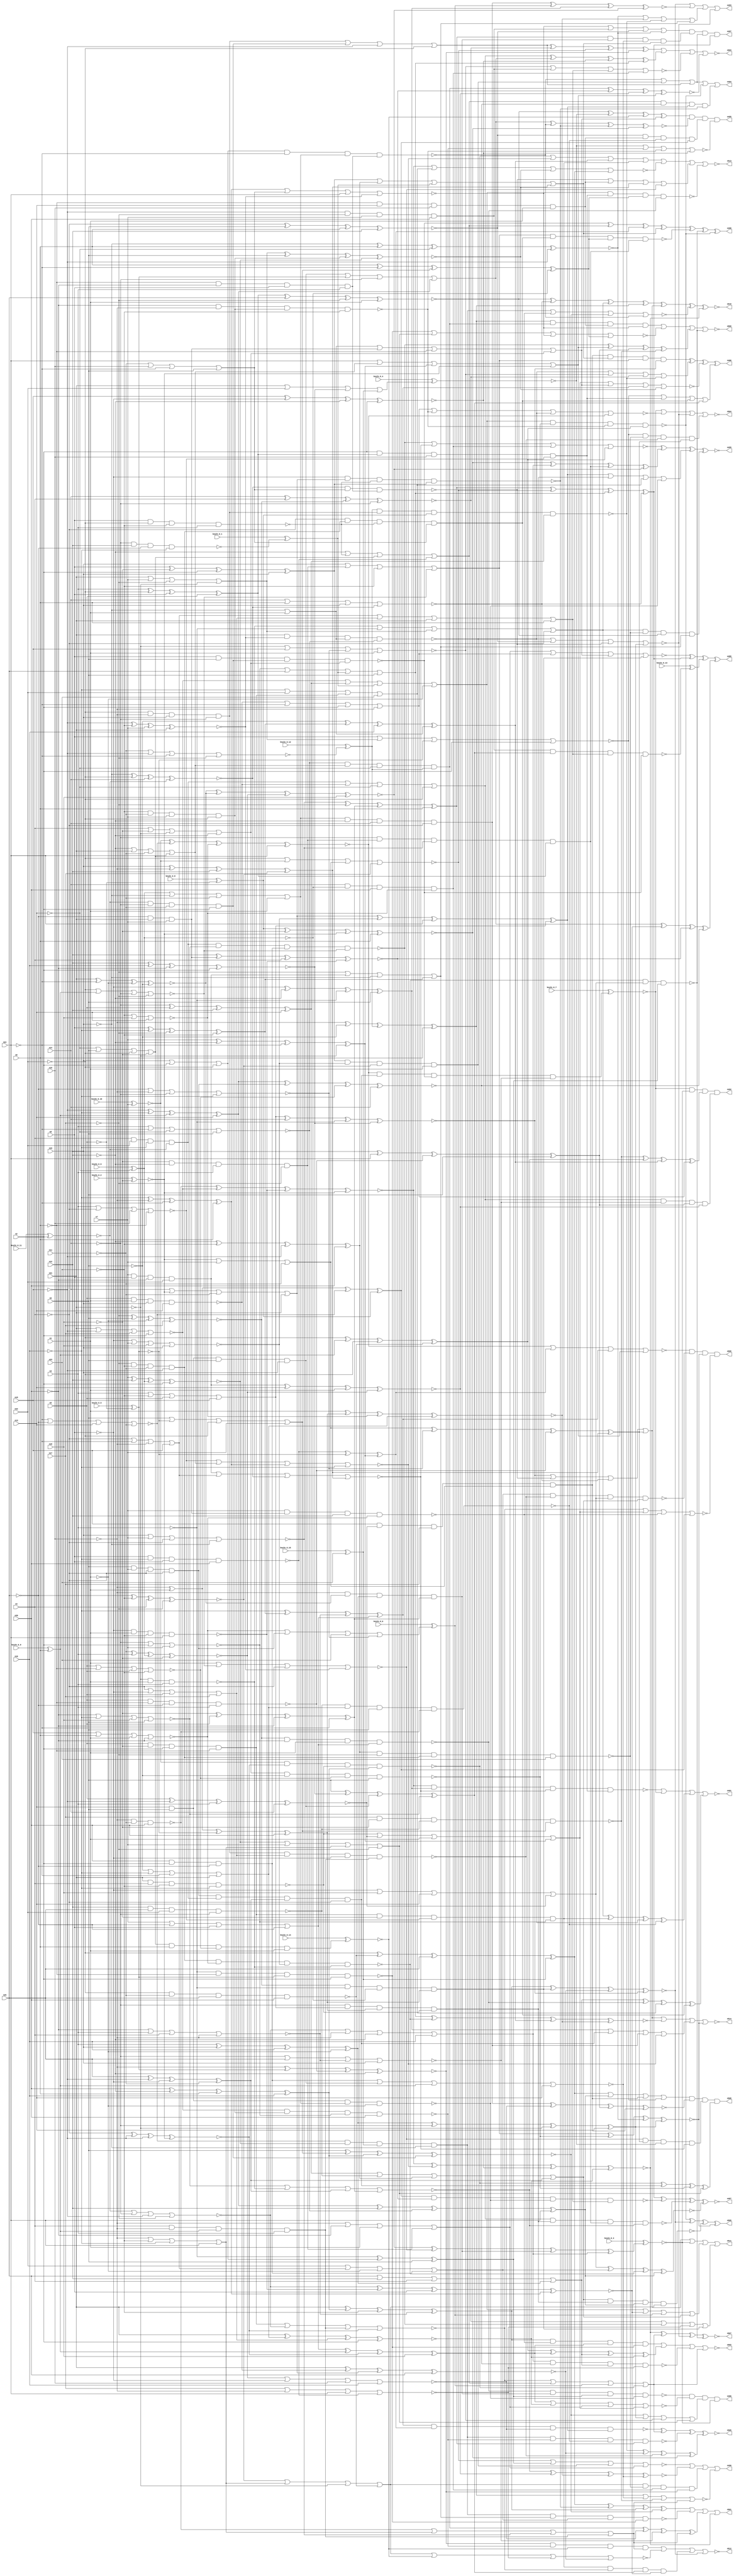


module Stat_489_535
(
  n1,
  n2,
  n3,
  n4,
  n5,
  n6,
  n7,
  n8,
  n9,
  n10,
  n11,
  n12,
  n13,
  n14,
  n15,
  n16,
  n17,
  n18,
  n19,
  n20,
  n21,
  n22,
  n23,
  n24,
  n25,
  n508,
  n492,
  n495,
  n490,
  n489,
  n496,
  n510,
  n507,
  n503,
  n491,
  n504,
  n514,
  n497,
  n505,
  n513,
  n494,
  n506,
  n500,
  n502,
  n512,
  n487,
  n509,
  n499,
  n498,
  n488,
  n501,
  n493,
  n511,
  keyIn_0_0,
  keyIn_0_1,
  keyIn_0_2,
  keyIn_0_3,
  keyIn_0_4,
  keyIn_0_5,
  keyIn_0_6,
  keyIn_0_7,
  keyIn_0_8,
  keyIn_0_9,
  keyIn_0_10,
  keyIn_0_11,
  keyIn_0_12,
  keyIn_0_13,
  keyIn_0_14,
  keyIn_0_15
);

  input n1;
  input n2;
  input n3;
  input n4;
  input n5;
  input n6;
  input n7;
  input n8;
  input n9;
  input n10;
  input n11;
  input n12;
  input n13;
  input n14;
  input n15;
  input n16;
  input n17;
  input n18;
  input n19;
  input n20;
  input n21;
  input n22;
  input n23;
  input n24;
  input n25;
  input keyIn_0_0;
  input keyIn_0_1;
  input keyIn_0_2;
  input keyIn_0_3;
  input keyIn_0_4;
  input keyIn_0_5;
  input keyIn_0_6;
  input keyIn_0_7;
  input keyIn_0_8;
  input keyIn_0_9;
  input keyIn_0_10;
  input keyIn_0_11;
  input keyIn_0_12;
  input keyIn_0_13;
  input keyIn_0_14;
  input keyIn_0_15;
  output n508;
  output n492;
  output n495;
  output n490;
  output n489;
  output n496;
  output n510;
  output n507;
  output n503;
  output n491;
  output n504;
  output n514;
  output n497;
  output n505;
  output n513;
  output n494;
  output n506;
  output n500;
  output n502;
  output n512;
  output n487;
  output n509;
  output n499;
  output n498;
  output n488;
  output n501;
  output n493;
  output n511;
  wire n26;
  wire n27;
  wire n28;
  wire n29;
  wire n30;
  wire n31;
  wire n32;
  wire n33;
  wire n34;
  wire n35;
  wire n36;
  wire n37;
  wire n38;
  wire n39;
  wire n40;
  wire n41;
  wire n42;
  wire n43;
  wire n44;
  wire n45;
  wire n46;
  wire n47;
  wire n48;
  wire n49;
  wire n50;
  wire n51;
  wire n52;
  wire n53;
  wire n54;
  wire n55;
  wire n56;
  wire n57;
  wire n58;
  wire n59;
  wire n60;
  wire n61;
  wire n62;
  wire n63;
  wire n64;
  wire n65;
  wire n66;
  wire n67;
  wire n68;
  wire n69;
  wire n70;
  wire n71;
  wire n72;
  wire n73;
  wire n74;
  wire n75;
  wire n76;
  wire n77;
  wire n78;
  wire n79;
  wire n80;
  wire n81;
  wire n82;
  wire n83;
  wire n84;
  wire n85;
  wire n86;
  wire n87;
  wire n88;
  wire n89;
  wire n90;
  wire n91;
  wire n92;
  wire n93;
  wire n94;
  wire n95;
  wire n96;
  wire n97;
  wire n98;
  wire n99;
  wire n100;
  wire n101;
  wire n102;
  wire n103;
  wire n104;
  wire n105;
  wire n106;
  wire n107;
  wire n108;
  wire n109;
  wire n110;
  wire n111;
  wire n112;
  wire n113;
  wire n114;
  wire n115;
  wire n116;
  wire n117;
  wire n118;
  wire n119;
  wire n120;
  wire n121;
  wire n122;
  wire n123;
  wire n124;
  wire n125;
  wire n126;
  wire n127;
  wire n128;
  wire n129;
  wire n130;
  wire n131;
  wire n132;
  wire n133;
  wire n134;
  wire n135;
  wire n136;
  wire n137;
  wire n138;
  wire n139;
  wire n140;
  wire n141;
  wire n142;
  wire n143;
  wire n144;
  wire n145;
  wire n146;
  wire n147;
  wire n148;
  wire n149;
  wire n150;
  wire n151;
  wire n152;
  wire n153;
  wire n154;
  wire n155;
  wire n156;
  wire n157;
  wire n158;
  wire n159;
  wire n160;
  wire n161;
  wire n162;
  wire n163;
  wire n164;
  wire n165;
  wire n166;
  wire n167;
  wire n168;
  wire n169;
  wire n170;
  wire n171;
  wire n172;
  wire n173;
  wire n174;
  wire n175;
  wire n176;
  wire n177;
  wire n178;
  wire n179;
  wire n180;
  wire n181;
  wire n182;
  wire n183;
  wire n184;
  wire n185;
  wire n186;
  wire n187;
  wire n188;
  wire n189;
  wire n190;
  wire n191;
  wire n192;
  wire n193;
  wire n194;
  wire n195;
  wire n196;
  wire n197;
  wire n198;
  wire n199;
  wire n200;
  wire n201;
  wire n202;
  wire n203;
  wire n204;
  wire n205;
  wire n206;
  wire n207;
  wire n208;
  wire n209;
  wire n210;
  wire n211;
  wire n212;
  wire n213;
  wire n214;
  wire n215;
  wire n216;
  wire n217;
  wire n218;
  wire n219;
  wire n220;
  wire n221;
  wire n222;
  wire n223;
  wire n224;
  wire n225;
  wire n226;
  wire n227;
  wire n228;
  wire n229;
  wire n230;
  wire n231;
  wire n232;
  wire n233;
  wire n234;
  wire n235;
  wire n236;
  wire n237;
  wire n238;
  wire n239;
  wire n240;
  wire n241;
  wire n242;
  wire n243;
  wire n244;
  wire n245;
  wire n246;
  wire n247;
  wire n248;
  wire n249;
  wire n250;
  wire n251;
  wire n252;
  wire n253;
  wire n254;
  wire n255;
  wire n256;
  wire n257;
  wire n258;
  wire n259;
  wire n260;
  wire n261;
  wire n262;
  wire n263;
  wire n264;
  wire n265;
  wire n266;
  wire n267;
  wire n268;
  wire n269;
  wire n270;
  wire n271;
  wire n272;
  wire n273;
  wire n274;
  wire n275;
  wire n276;
  wire n277;
  wire n278;
  wire n279;
  wire n280;
  wire n281;
  wire n282;
  wire n283;
  wire n284;
  wire n285;
  wire n286;
  wire n287;
  wire n288;
  wire n289;
  wire n290;
  wire n291;
  wire n292;
  wire n293;
  wire n294;
  wire n295;
  wire n296;
  wire n297;
  wire n298;
  wire n299;
  wire n300;
  wire n301;
  wire n302;
  wire n303;
  wire n304;
  wire n305;
  wire n306;
  wire n307;
  wire n308;
  wire n309;
  wire n310;
  wire n311;
  wire n312;
  wire n313;
  wire n314;
  wire n315;
  wire n316;
  wire n317;
  wire n318;
  wire n319;
  wire n320;
  wire n321;
  wire n322;
  wire n323;
  wire n324;
  wire n325;
  wire n326;
  wire n327;
  wire n328;
  wire n329;
  wire n330;
  wire n331;
  wire n332;
  wire n333;
  wire n334;
  wire n335;
  wire n336;
  wire n337;
  wire n338;
  wire n339;
  wire n340;
  wire n341;
  wire n342;
  wire n343;
  wire n344;
  wire n345;
  wire n346;
  wire n347;
  wire n348;
  wire n349;
  wire n350;
  wire n351;
  wire n352;
  wire n353;
  wire n354;
  wire n355;
  wire n356;
  wire n357;
  wire n358;
  wire n359;
  wire n360;
  wire n361;
  wire n362;
  wire n363;
  wire n364;
  wire n365;
  wire n366;
  wire n367;
  wire n368;
  wire n369;
  wire n370;
  wire n371;
  wire n372;
  wire n373;
  wire n374;
  wire n375;
  wire n376;
  wire n377;
  wire n378;
  wire n379;
  wire n380;
  wire n381;
  wire n382;
  wire n383;
  wire n384;
  wire n385;
  wire n386;
  wire n387;
  wire n388;
  wire n389;
  wire n390;
  wire n391;
  wire n392;
  wire n393;
  wire n394;
  wire n395;
  wire n396;
  wire n397;
  wire n398;
  wire n399;
  wire n400;
  wire n401;
  wire n402;
  wire n403;
  wire n404;
  wire n405;
  wire n406;
  wire n407;
  wire n408;
  wire n409;
  wire n410;
  wire n411;
  wire n412;
  wire n413;
  wire n414;
  wire n415;
  wire n416;
  wire n417;
  wire n418;
  wire n419;
  wire n420;
  wire n421;
  wire n422;
  wire n423;
  wire n424;
  wire n425;
  wire n426;
  wire n427;
  wire n428;
  wire n429;
  wire n430;
  wire n431;
  wire n432;
  wire n433;
  wire n434;
  wire n435;
  wire n436;
  wire n437;
  wire n438;
  wire n439;
  wire n440;
  wire n441;
  wire n442;
  wire n443;
  wire n444;
  wire n445;
  wire n446;
  wire n447;
  wire n448;
  wire n449;
  wire n450;
  wire n451;
  wire n452;
  wire n453;
  wire n454;
  wire n455;
  wire n456;
  wire n457;
  wire n458;
  wire n459;
  wire n460;
  wire n461;
  wire n462;
  wire n463;
  wire n464;
  wire n465;
  wire n466;
  wire n467;
  wire n468;
  wire n469;
  wire n470;
  wire n471;
  wire n472;
  wire n473;
  wire n474;
  wire n475;
  wire n476;
  wire n477;
  wire n478;
  wire n479;
  wire n480;
  wire n481;
  wire n482;
  wire n483;
  wire n484;
  wire n485;
  wire n486;
  wire KeyWire_0_0;
  wire KeyNOTWire_0_0;
  wire KeyWire_0_1;
  wire KeyWire_0_2;
  wire KeyWire_0_3;
  wire KeyWire_0_4;
  wire KeyNOTWire_0_4;
  wire KeyWire_0_5;
  wire KeyNOTWire_0_5;
  wire KeyWire_0_6;
  wire KeyNOTWire_0_6;
  wire KeyWire_0_7;
  wire KeyNOTWire_0_7;
  wire KeyWire_0_8;
  wire KeyWire_0_9;
  wire KeyNOTWire_0_9;
  wire KeyWire_0_10;
  wire KeyNOTWire_0_10;
  wire KeyWire_0_11;
  wire KeyNOTWire_0_11;
  wire KeyWire_0_12;
  wire KeyWire_0_13;
  wire KeyWire_0_14;
  wire KeyNOTWire_0_14;
  wire KeyWire_0_15;
  wire KeyNOTWire_0_15;

  not
  g0
  (
    n97,
    n23
  );


  buf
  g1
  (
    n101,
    n5
  );


  not
  g2
  (
    n50,
    n18
  );


  buf
  g3
  (
    n72,
    n5
  );


  buf
  g4
  (
    n26,
    n6
  );


  not
  g5
  (
    n34,
    n24
  );


  not
  g6
  (
    n64,
    n25
  );


  buf
  g7
  (
    n122,
    n14
  );


  not
  g8
  (
    n56,
    n9
  );


  not
  g9
  (
    n27,
    n23
  );


  not
  g10
  (
    n109,
    n16
  );


  buf
  g11
  (
    n114,
    n3
  );


  not
  g12
  (
    KeyWire_0_5,
    n5
  );


  buf
  g13
  (
    n118,
    n16
  );


  buf
  g14
  (
    n115,
    n1
  );


  not
  g15
  (
    n43,
    n12
  );


  buf
  g16
  (
    n52,
    n10
  );


  not
  g17
  (
    n57,
    n22
  );


  not
  g18
  (
    n41,
    n14
  );


  not
  g19
  (
    n91,
    n14
  );


  buf
  g20
  (
    n71,
    n7
  );


  buf
  g21
  (
    KeyWire_0_9,
    n9
  );


  not
  g22
  (
    n106,
    n8
  );


  not
  g23
  (
    n86,
    n25
  );


  buf
  g24
  (
    n38,
    n21
  );


  not
  g25
  (
    n53,
    n22
  );


  buf
  g26
  (
    n47,
    n5
  );


  not
  g27
  (
    n110,
    n1
  );


  not
  g28
  (
    n42,
    n17
  );


  buf
  g29
  (
    n55,
    n8
  );


  not
  g30
  (
    n84,
    n16
  );


  not
  g31
  (
    n94,
    n11
  );


  not
  g32
  (
    n98,
    n16
  );


  not
  g33
  (
    n61,
    n15
  );


  not
  g34
  (
    n36,
    n14
  );


  buf
  g35
  (
    n113,
    n18
  );


  not
  g36
  (
    n74,
    n23
  );


  buf
  g37
  (
    n104,
    n20
  );


  buf
  g38
  (
    n121,
    n7
  );


  not
  g39
  (
    n85,
    n23
  );


  not
  g40
  (
    n105,
    n13
  );


  buf
  g41
  (
    n81,
    n21
  );


  not
  g42
  (
    n66,
    n10
  );


  buf
  g43
  (
    n83,
    n4
  );


  not
  g44
  (
    n70,
    n10
  );


  buf
  g45
  (
    n30,
    n19
  );


  buf
  g46
  (
    n111,
    n7
  );


  buf
  g47
  (
    n68,
    n2
  );


  buf
  g48
  (
    n73,
    n3
  );


  not
  g49
  (
    n90,
    n11
  );


  buf
  g50
  (
    n67,
    n24
  );


  buf
  g51
  (
    n93,
    n6
  );


  not
  g52
  (
    n82,
    n11
  );


  buf
  g53
  (
    n87,
    n21
  );


  not
  g54
  (
    n77,
    n1
  );


  not
  g55
  (
    n120,
    n15
  );


  buf
  g56
  (
    n116,
    n9
  );


  not
  g57
  (
    n100,
    n4
  );


  buf
  g58
  (
    n46,
    n7
  );


  not
  g59
  (
    n95,
    n17
  );


  not
  g60
  (
    n33,
    n18
  );


  buf
  g61
  (
    n69,
    n19
  );


  not
  g62
  (
    n60,
    n24
  );


  buf
  g63
  (
    n79,
    n17
  );


  buf
  g64
  (
    n99,
    n13
  );


  buf
  g65
  (
    KeyWire_0_11,
    n2
  );


  buf
  g66
  (
    n89,
    n19
  );


  not
  g67
  (
    KeyWire_0_6,
    n13
  );


  buf
  g68
  (
    n80,
    n25
  );


  not
  g69
  (
    n39,
    n9
  );


  not
  g70
  (
    n123,
    n17
  );


  not
  g71
  (
    n112,
    n12
  );


  buf
  g72
  (
    n92,
    n1
  );


  buf
  g73
  (
    n32,
    n12
  );


  not
  g74
  (
    n35,
    n22
  );


  not
  g75
  (
    n45,
    n21
  );


  buf
  g76
  (
    n62,
    n3
  );


  buf
  g77
  (
    n125,
    n4
  );


  not
  g78
  (
    n31,
    n10
  );


  not
  g79
  (
    n78,
    n15
  );


  buf
  g80
  (
    n51,
    n8
  );


  buf
  g81
  (
    n65,
    n8
  );


  buf
  g82
  (
    n75,
    n12
  );


  not
  g83
  (
    n103,
    n25
  );


  not
  g84
  (
    KeyWire_0_2,
    n18
  );


  buf
  g85
  (
    n96,
    n22
  );


  buf
  g86
  (
    n58,
    n2
  );


  buf
  g87
  (
    n54,
    n20
  );


  buf
  g88
  (
    n76,
    n15
  );


  not
  g89
  (
    n119,
    n4
  );


  not
  g90
  (
    n29,
    n24
  );


  buf
  g91
  (
    n59,
    n6
  );


  buf
  g92
  (
    n107,
    n3
  );


  not
  g93
  (
    n117,
    n6
  );


  not
  g94
  (
    n40,
    n19
  );


  buf
  g95
  (
    n88,
    n13
  );


  not
  g96
  (
    n49,
    n20
  );


  not
  g97
  (
    n28,
    n20
  );


  not
  g98
  (
    n124,
    n11
  );


  buf
  g99
  (
    n63,
    n2
  );


  not
  g100
  (
    n216,
    n96
  );


  buf
  g101
  (
    n179,
    n95
  );


  buf
  g102
  (
    n270,
    n55
  );


  buf
  g103
  (
    n231,
    n35
  );


  not
  g104
  (
    n274,
    n33
  );


  not
  g105
  (
    n271,
    n105
  );


  not
  g106
  (
    KeyWire_0_8,
    n101
  );


  not
  g107
  (
    n161,
    n110
  );


  not
  g108
  (
    n261,
    n52
  );


  not
  g109
  (
    n176,
    n70
  );


  not
  g110
  (
    n206,
    n84
  );


  not
  g111
  (
    n165,
    n76
  );


  buf
  g112
  (
    n152,
    n70
  );


  not
  g113
  (
    n217,
    n83
  );


  not
  g114
  (
    n214,
    n118
  );


  buf
  g115
  (
    n177,
    n48
  );


  not
  g116
  (
    n245,
    n108
  );


  buf
  g117
  (
    n221,
    n89
  );


  not
  g118
  (
    n131,
    n60
  );


  not
  g119
  (
    n138,
    n38
  );


  not
  g120
  (
    n196,
    n117
  );


  not
  g121
  (
    n141,
    n123
  );


  not
  g122
  (
    n126,
    n77
  );


  buf
  g123
  (
    KeyWire_0_10,
    n46
  );


  buf
  g124
  (
    n254,
    n112
  );


  not
  g125
  (
    n209,
    n88
  );


  not
  g126
  (
    n192,
    n56
  );


  not
  g127
  (
    n160,
    n117
  );


  not
  g128
  (
    n218,
    n110
  );


  not
  g129
  (
    n267,
    n35
  );


  not
  g130
  (
    n148,
    n107
  );


  buf
  g131
  (
    n255,
    n87
  );


  not
  g132
  (
    n275,
    n113
  );


  not
  g133
  (
    n129,
    n74
  );


  not
  g134
  (
    KeyWire_0_15,
    n85
  );


  buf
  g135
  (
    n248,
    n44
  );


  not
  g136
  (
    n240,
    n37
  );


  buf
  g137
  (
    n151,
    n85
  );


  not
  g138
  (
    n185,
    n61
  );


  not
  g139
  (
    n205,
    n55
  );


  not
  g140
  (
    n225,
    n52
  );


  buf
  g141
  (
    n158,
    n80
  );


  not
  g142
  (
    n145,
    n104
  );


  buf
  g143
  (
    n210,
    n67
  );


  buf
  g144
  (
    n224,
    n63
  );


  buf
  g145
  (
    n219,
    n32
  );


  buf
  g146
  (
    n264,
    n59
  );


  not
  g147
  (
    n149,
    n122
  );


  buf
  g148
  (
    n234,
    n116
  );


  buf
  g149
  (
    n189,
    n32
  );


  not
  g150
  (
    n220,
    n73
  );


  not
  g151
  (
    n213,
    n56
  );


  buf
  g152
  (
    n178,
    n42
  );


  not
  g153
  (
    n139,
    n105
  );


  not
  g154
  (
    n134,
    n51
  );


  not
  g155
  (
    n146,
    n86
  );


  not
  g156
  (
    n142,
    n41
  );


  not
  g157
  (
    n182,
    n125
  );


  buf
  g158
  (
    n239,
    n91
  );


  buf
  g159
  (
    n170,
    n81
  );


  not
  g160
  (
    n262,
    n110
  );


  buf
  g161
  (
    n135,
    n93
  );


  buf
  g162
  (
    n243,
    n110
  );


  not
  g163
  (
    n187,
    n28
  );


  not
  g164
  (
    n195,
    n26
  );


  buf
  g165
  (
    n164,
    n108
  );


  not
  g166
  (
    n207,
    n36
  );


  buf
  g167
  (
    n252,
    n39
  );


  buf
  g168
  (
    n166,
    n68
  );


  buf
  g169
  (
    n222,
    n43
  );


  not
  g170
  (
    n269,
    n89
  );


  buf
  g171
  (
    n258,
    n46
  );


  not
  g172
  (
    n265,
    n119
  );


  buf
  g173
  (
    n150,
    n34
  );


  or
  g174
  (
    n147,
    n40,
    n92
  );


  xor
  g175
  (
    n136,
    n89,
    n66,
    n75,
    n79
  );


  nand
  g176
  (
    n184,
    n72,
    n39,
    n103,
    n107
  );


  xnor
  g177
  (
    n276,
    n120,
    n27,
    n111,
    n81
  );


  nor
  g178
  (
    n186,
    n107,
    n34,
    n105,
    n59
  );


  nand
  g179
  (
    n257,
    n45,
    n115,
    n114
  );


  or
  g180
  (
    n169,
    n119,
    n106,
    n72,
    n79
  );


  nor
  g181
  (
    n223,
    n29,
    n64,
    n99,
    n82
  );


  nand
  g182
  (
    n143,
    n75,
    n80,
    n96,
    n91
  );


  nor
  g183
  (
    n175,
    n81,
    n120,
    n79,
    n68
  );


  and
  g184
  (
    n227,
    n54,
    n58,
    n86
  );


  nand
  g185
  (
    n171,
    n55,
    n53,
    n85,
    n107
  );


  or
  g186
  (
    n235,
    n73,
    n97,
    n72,
    n76
  );


  nor
  g187
  (
    n236,
    n102,
    n36,
    n120,
    n123
  );


  and
  g188
  (
    n191,
    n50,
    n43,
    n62,
    n123
  );


  or
  g189
  (
    n260,
    n44,
    n121,
    n94
  );


  xor
  g190
  (
    n279,
    n121,
    n112,
    n60,
    n45
  );


  or
  g191
  (
    n215,
    n37,
    n40,
    n82,
    n115
  );


  xor
  g192
  (
    n268,
    n65,
    n50,
    n58,
    n69
  );


  nor
  g193
  (
    KeyWire_0_12,
    n90,
    n78,
    n29,
    n42
  );


  and
  g194
  (
    n278,
    n102,
    n36,
    n90,
    n58
  );


  xor
  g195
  (
    n156,
    n31,
    n115,
    n108,
    n104
  );


  nor
  g196
  (
    n157,
    n47,
    n56,
    n101,
    n27
  );


  xnor
  g197
  (
    n155,
    n95,
    n93,
    n77,
    n79
  );


  nor
  g198
  (
    n201,
    n76,
    n116,
    n92,
    n49
  );


  and
  g199
  (
    n249,
    n42,
    n74,
    n90,
    n61
  );


  or
  g200
  (
    n242,
    n43,
    n38,
    n90,
    n67
  );


  xnor
  g201
  (
    n266,
    n94,
    n73,
    n37,
    n33
  );


  nor
  g202
  (
    n253,
    n91,
    n68,
    n71
  );


  xor
  g203
  (
    n277,
    n84,
    n66,
    n34,
    n116
  );


  xor
  g204
  (
    n163,
    n65,
    n109,
    n42,
    n27
  );


  nor
  g205
  (
    n204,
    n74,
    n113,
    n88
  );


  or
  g206
  (
    n140,
    n30,
    n69,
    n63,
    n53
  );


  and
  g207
  (
    n256,
    n99,
    n59,
    n26,
    n30
  );


  and
  g208
  (
    n172,
    n57,
    n31,
    n30,
    n41
  );


  xnor
  g209
  (
    n228,
    n32,
    n118,
    n49,
    n63
  );


  xor
  g210
  (
    n246,
    n104,
    n43,
    n116,
    n118
  );


  nor
  g211
  (
    n190,
    n106,
    n121,
    n113,
    n69
  );


  or
  g212
  (
    n280,
    n38,
    n71,
    n95,
    n45
  );


  and
  g213
  (
    n168,
    n64,
    n86,
    n87,
    n111
  );


  nand
  g214
  (
    n198,
    n66,
    n124,
    n54
  );


  nand
  g215
  (
    KeyWire_0_1,
    n91,
    n75,
    n103,
    n84
  );


  and
  g216
  (
    n183,
    n72,
    n33,
    n63,
    n39
  );


  nand
  g217
  (
    n154,
    n106,
    n92,
    n27,
    n67
  );


  nor
  g218
  (
    n188,
    n64,
    n31,
    n36,
    n98
  );


  and
  g219
  (
    n208,
    n125,
    n96,
    n109,
    n102
  );


  or
  g220
  (
    n232,
    n122,
    n44,
    n124,
    n81
  );


  or
  g221
  (
    n167,
    n46,
    n64,
    n55,
    n103
  );


  and
  g222
  (
    n281,
    n97,
    n124,
    n111,
    n35
  );


  xnor
  g223
  (
    n137,
    n103,
    n97,
    n83,
    n123
  );


  nor
  g224
  (
    n229,
    n28,
    n84,
    n113,
    n93
  );


  xor
  g225
  (
    n199,
    n80,
    n61,
    n106,
    n82
  );


  and
  g226
  (
    n194,
    n71,
    n65,
    n49,
    n96
  );


  or
  g227
  (
    n238,
    n117,
    n109,
    n29,
    n87
  );


  or
  g228
  (
    n251,
    n83,
    n50,
    n45,
    n112
  );


  nor
  g229
  (
    n202,
    n62,
    n100,
    n52,
    n56
  );


  and
  g230
  (
    n174,
    n39,
    n49,
    n51,
    n114
  );


  xor
  g231
  (
    n162,
    n61,
    n98,
    n48,
    n99
  );


  xnor
  g232
  (
    n153,
    n46,
    n75,
    n37,
    n58
  );


  and
  g233
  (
    n159,
    n26,
    n111,
    n100,
    n119
  );


  nand
  g234
  (
    n200,
    n53,
    n94,
    n80,
    n104
  );


  nand
  g235
  (
    n226,
    n101,
    n92,
    n89,
    n88
  );


  or
  g236
  (
    n211,
    n119,
    n29,
    n66,
    n76
  );


  nor
  g237
  (
    n132,
    n53,
    n48,
    n41,
    n95
  );


  nand
  g238
  (
    n130,
    n51,
    n109,
    n65,
    n54
  );


  nor
  g239
  (
    n241,
    n69,
    n121,
    n100,
    n40
  );


  xnor
  g240
  (
    n197,
    n47,
    n78,
    n73,
    n122
  );


  xor
  g241
  (
    n230,
    n41,
    n101,
    n32,
    n99
  );


  xor
  g242
  (
    n237,
    n112,
    n74,
    n78,
    n54
  );


  or
  g243
  (
    n203,
    n105,
    n59,
    n57,
    n50
  );


  xor
  g244
  (
    n180,
    n62,
    n57,
    n51,
    n47
  );


  and
  g245
  (
    n259,
    n125,
    n70,
    n48,
    n114
  );


  or
  g246
  (
    n144,
    n82,
    n52,
    n60,
    n26
  );


  xor
  g247
  (
    n133,
    n62,
    n30,
    n118,
    n77
  );


  or
  g248
  (
    n250,
    n93,
    n108,
    n57,
    n71
  );


  xnor
  g249
  (
    n127,
    n100,
    n120,
    n78,
    n44
  );


  nand
  g250
  (
    n212,
    n38,
    n125,
    n85,
    n98
  );


  xor
  g251
  (
    n233,
    n33,
    n47,
    n28,
    n60
  );


  nor
  g252
  (
    n173,
    n28,
    n114,
    n83,
    n31
  );


  or
  g253
  (
    n273,
    n70,
    n97,
    n98,
    n67
  );


  xnor
  g254
  (
    n181,
    n40,
    n35,
    n122,
    n102
  );


  xnor
  g255
  (
    n272,
    n87,
    n34,
    n77,
    n117
  );


  xor
  g256
  (
    n302,
    n225,
    n218,
    n223,
    n193
  );


  xor
  g257
  (
    n339,
    n225,
    n195,
    n263,
    n234
  );


  nand
  g258
  (
    n304,
    n134,
    n232,
    n171,
    n268
  );


  nor
  g259
  (
    n287,
    n202,
    n242,
    n277,
    n214
  );


  and
  g260
  (
    n394,
    n149,
    n191,
    n241,
    n180
  );


  nand
  g261
  (
    n321,
    n249,
    n201,
    n190,
    n257
  );


  or
  g262
  (
    n355,
    n137,
    n273,
    n138,
    n200
  );


  nor
  g263
  (
    n309,
    n141,
    n152,
    n210,
    n130
  );


  nor
  g264
  (
    n317,
    n231,
    n247,
    n260,
    n137
  );


  xor
  g265
  (
    n341,
    n216,
    n200,
    n146,
    n128
  );


  and
  g266
  (
    n353,
    n159,
    n208,
    n199,
    n217
  );


  xor
  g267
  (
    n319,
    n195,
    n163,
    n206,
    n147
  );


  and
  g268
  (
    n306,
    n224,
    n180,
    n176,
    n202
  );


  nand
  g269
  (
    n376,
    n155,
    n145,
    n218,
    n167
  );


  xnor
  g270
  (
    n395,
    n182,
    n264,
    n192,
    n189
  );


  or
  g271
  (
    n298,
    n221,
    n191,
    n151,
    n132
  );


  and
  g272
  (
    n369,
    n185,
    n197,
    n141,
    n260
  );


  xnor
  g273
  (
    n359,
    n272,
    n272,
    n266,
    n274
  );


  or
  g274
  (
    n337,
    n267,
    n211,
    n243,
    n227
  );


  and
  g275
  (
    n311,
    n152,
    n272,
    n133,
    n233
  );


  xnor
  g276
  (
    n357,
    n247,
    n223,
    n204,
    n203
  );


  nand
  g277
  (
    n354,
    n247,
    n127,
    n212,
    n246
  );


  or
  g278
  (
    n385,
    n214,
    n267,
    n183,
    n129
  );


  nand
  g279
  (
    n324,
    n270,
    n264,
    n278,
    n251
  );


  nor
  g280
  (
    n331,
    n207,
    n213,
    n221,
    n181
  );


  xnor
  g281
  (
    n282,
    n193,
    n275,
    n248,
    n234
  );


  or
  g282
  (
    n293,
    n147,
    n168,
    n252,
    n251
  );


  xnor
  g283
  (
    n351,
    n280,
    n160,
    n281,
    n153
  );


  or
  g284
  (
    n368,
    n178,
    n194,
    n269,
    n163
  );


  nand
  g285
  (
    n398,
    n148,
    n252,
    n245,
    n166
  );


  nor
  g286
  (
    n328,
    n270,
    n280,
    n164,
    n224
  );


  and
  g287
  (
    n325,
    n217,
    n249,
    n171,
    n144
  );


  and
  g288
  (
    n338,
    n207,
    n240,
    n187,
    n204
  );


  nand
  g289
  (
    n315,
    n181,
    n144,
    n174
  );


  and
  g290
  (
    n292,
    n239,
    n235,
    n156,
    n212
  );


  xor
  g291
  (
    n374,
    n196,
    n228,
    n256,
    n229
  );


  xor
  g292
  (
    n362,
    n134,
    n254,
    n220,
    n135
  );


  or
  g293
  (
    n314,
    n153,
    n258,
    n273,
    n178
  );


  nand
  g294
  (
    n387,
    n251,
    n195,
    n157,
    n196
  );


  or
  g295
  (
    n379,
    n261,
    n145,
    n126,
    n191
  );


  or
  g296
  (
    n386,
    n198,
    n273,
    n241,
    n259
  );


  xnor
  g297
  (
    n361,
    n225,
    n245,
    n184,
    n222
  );


  nor
  g298
  (
    n390,
    n266,
    n205,
    n176,
    n206
  );


  nor
  g299
  (
    n378,
    n183,
    n236,
    n259,
    n127
  );


  or
  g300
  (
    n344,
    n211,
    n169,
    n255,
    n192
  );


  or
  g301
  (
    n373,
    n208,
    n226,
    n209,
    n231
  );


  nand
  g302
  (
    n388,
    n140,
    n150,
    n215,
    n174
  );


  xor
  g303
  (
    n358,
    n232,
    n190,
    n131,
    n235
  );


  or
  g304
  (
    n397,
    n175,
    n230,
    n244,
    n243
  );


  and
  g305
  (
    n366,
    n223,
    n153,
    n128,
    n269
  );


  nand
  g306
  (
    n389,
    n170,
    n276,
    n147,
    n186
  );


  xnor
  g307
  (
    n323,
    n219,
    n168,
    n265,
    n154
  );


  and
  g308
  (
    n380,
    n215,
    n254,
    n207,
    n182
  );


  xor
  g309
  (
    n286,
    n133,
    n239,
    n138,
    n271
  );


  and
  g310
  (
    n305,
    n186,
    n242,
    n209,
    n263
  );


  or
  g311
  (
    n329,
    n268,
    n237,
    n244,
    n136
  );


  xor
  g312
  (
    n384,
    n260,
    n188,
    n184,
    n136
  );


  xor
  g313
  (
    n318,
    n162,
    n219,
    n186,
    n210
  );


  xnor
  g314
  (
    n303,
    n198,
    n175,
    n154,
    n248
  );


  or
  g315
  (
    n375,
    n131,
    n242,
    n279,
    n248
  );


  or
  g316
  (
    KeyWire_0_4,
    n255,
    n267,
    n228,
    n128
  );


  xor
  g317
  (
    n347,
    n213,
    n150,
    n250,
    n240
  );


  or
  g318
  (
    n313,
    n257,
    n148,
    n280,
    n182
  );


  nand
  g319
  (
    n392,
    n271,
    n196,
    n215,
    n243
  );


  xnor
  g320
  (
    n335,
    n236,
    n154,
    n270,
    n277
  );


  and
  g321
  (
    n290,
    n268,
    n190,
    n137,
    n161
  );


  or
  g322
  (
    n330,
    n226,
    n150,
    n224,
    n261
  );


  xnor
  g323
  (
    n346,
    n180,
    n158,
    n178,
    n262
  );


  nor
  g324
  (
    n336,
    n149,
    n146,
    n173,
    n221
  );


  nand
  g325
  (
    n312,
    n141,
    n275,
    n143,
    n250
  );


  xor
  g326
  (
    n334,
    n220,
    n140,
    n160
  );


  nand
  g327
  (
    n370,
    n143,
    n238,
    n135,
    n198
  );


  and
  g328
  (
    n352,
    n155,
    n220,
    n240,
    n156
  );


  xnor
  g329
  (
    n364,
    n194,
    n271,
    n161,
    n266
  );


  xnor
  g330
  (
    n371,
    n170,
    n226,
    n232,
    n158
  );


  xnor
  g331
  (
    n297,
    n135,
    n250,
    n246,
    n278
  );


  or
  g332
  (
    n342,
    n230,
    n143,
    n237,
    n199
  );


  or
  g333
  (
    n345,
    n236,
    n152,
    n222,
    n206
  );


  and
  g334
  (
    KeyWire_0_14,
    n203,
    n192,
    n157,
    n262
  );


  and
  g335
  (
    n288,
    n252,
    n139,
    n176,
    n126
  );


  xor
  g336
  (
    n377,
    n214,
    n163,
    n173,
    n167
  );


  or
  g337
  (
    n285,
    n205,
    n274,
    n139,
    n197
  );


  xnor
  g338
  (
    n340,
    n185,
    n205,
    n222,
    n166
  );


  or
  g339
  (
    n350,
    n256,
    n245,
    n149,
    n162
  );


  nor
  g340
  (
    n291,
    n218,
    n132,
    n217,
    n276
  );


  nand
  g341
  (
    n294,
    n263,
    n172,
    n193,
    n230
  );


  nor
  g342
  (
    n327,
    n227,
    n256,
    n177,
    n139
  );


  nand
  g343
  (
    n299,
    n175,
    n281,
    n253,
    n187
  );


  nand
  g344
  (
    n381,
    n258,
    n168,
    n189,
    n201
  );


  xor
  g345
  (
    n382,
    n167,
    n177,
    n127,
    n274
  );


  or
  g346
  (
    n393,
    n254,
    n171,
    n203,
    n130
  );


  nor
  g347
  (
    n296,
    n194,
    n211,
    n181,
    n136
  );


  xnor
  g348
  (
    n316,
    n142,
    n265,
    n155,
    n239
  );


  xnor
  g349
  (
    n308,
    n161,
    n156,
    n204,
    n238
  );


  or
  g350
  (
    KeyWire_0_0,
    n201,
    n159,
    n129,
    n188
  );


  or
  g351
  (
    n343,
    n158,
    n189,
    n265,
    n133
  );


  xnor
  g352
  (
    n307,
    n162,
    n159,
    n157,
    n142
  );


  and
  g353
  (
    n295,
    n183,
    n275,
    n202,
    n253
  );


  or
  g354
  (
    n356,
    n172,
    n278,
    n165,
    n216
  );


  and
  g355
  (
    n349,
    n165,
    n179,
    n258,
    n187
  );


  xnor
  g356
  (
    n360,
    n255,
    n238,
    n169,
    n166
  );


  xnor
  g357
  (
    n363,
    n235,
    n142,
    n148,
    n228
  );


  xnor
  g358
  (
    n348,
    n269,
    n213,
    n209,
    n165
  );


  nand
  g359
  (
    n310,
    n237,
    n179,
    n249,
    n129
  );


  xor
  g360
  (
    n367,
    n216,
    n177,
    n231,
    n200
  );


  nand
  g361
  (
    n322,
    n145,
    n261,
    n281,
    n151
  );


  nand
  g362
  (
    n320,
    n208,
    n229,
    n227,
    n132
  );


  nor
  g363
  (
    n383,
    n229,
    n257,
    n199,
    n233
  );


  xor
  g364
  (
    n326,
    n219,
    n131,
    n184,
    n264
  );


  nor
  g365
  (
    n333,
    n277,
    n144,
    n210,
    n276
  );


  xor
  g366
  (
    n391,
    n130,
    n164,
    n279
  );


  nor
  g367
  (
    n396,
    n138,
    n185,
    n188,
    n126
  );


  or
  g368
  (
    n283,
    n212,
    n197,
    n262,
    n279
  );


  nand
  g369
  (
    n332,
    n172,
    n169,
    n134,
    n259
  );


  xor
  g370
  (
    n300,
    n170,
    n246,
    n151,
    n173
  );


  xor
  g371
  (
    n289,
    n241,
    n179,
    n233,
    n234
  );


  or
  g372
  (
    n284,
    n253,
    n146,
    n244,
    n160
  );


  nand
  g373
  (
    n481,
    n321,
    n285,
    n334
  );


  xnor
  g374
  (
    n408,
    n284,
    n321,
    n319,
    n308
  );


  xor
  g375
  (
    n474,
    n346,
    n331,
    n313,
    n339
  );


  nand
  g376
  (
    n456,
    n298,
    n325,
    n347,
    n394
  );


  xnor
  g377
  (
    n440,
    n380,
    n390,
    n326,
    n369
  );


  nand
  g378
  (
    n430,
    n342,
    n292,
    n318,
    n355
  );


  nor
  g379
  (
    n421,
    n378,
    n283,
    n381,
    n302
  );


  nor
  g380
  (
    n425,
    n320,
    n296,
    n338,
    n367
  );


  xnor
  g381
  (
    n470,
    n285,
    n337,
    n321,
    n318
  );


  nand
  g382
  (
    n410,
    n377,
    n391,
    n390,
    n358
  );


  xnor
  g383
  (
    n426,
    n380,
    n372,
    n362,
    n359
  );


  nor
  g384
  (
    n455,
    n355,
    n301,
    n309,
    n371
  );


  or
  g385
  (
    n483,
    n388,
    n290,
    n356
  );


  xor
  g386
  (
    n448,
    n373,
    n350,
    n340,
    n284
  );


  xor
  g387
  (
    n431,
    n341,
    n304,
    n300,
    n297
  );


  xor
  g388
  (
    n459,
    n305,
    n390,
    n336,
    n386
  );


  and
  g389
  (
    n458,
    n339,
    n305,
    n288,
    n333
  );


  xor
  g390
  (
    n469,
    n320,
    n375,
    n326,
    n312
  );


  and
  g391
  (
    KeyWire_0_7,
    n357,
    n353,
    n324,
    n336
  );


  or
  g392
  (
    n419,
    n389,
    n396,
    n316,
    n294
  );


  xor
  g393
  (
    n452,
    n354,
    n353,
    n387,
    n314
  );


  or
  g394
  (
    n471,
    n341,
    n318,
    n369,
    n328
  );


  nor
  g395
  (
    n417,
    n303,
    n385,
    n351,
    n341
  );


  nor
  g396
  (
    n438,
    n357,
    n391,
    n377,
    n375
  );


  nor
  g397
  (
    n476,
    n290,
    n395,
    n315,
    n286
  );


  xnor
  g398
  (
    n433,
    n383,
    n364,
    n308,
    n327
  );


  nand
  g399
  (
    n467,
    n345,
    n307,
    n343,
    n309
  );


  xor
  g400
  (
    n473,
    n346,
    n365,
    n301,
    n293
  );


  or
  g401
  (
    n453,
    n362,
    n353,
    n380,
    n287
  );


  nor
  g402
  (
    n401,
    n330,
    n322,
    n389,
    n357
  );


  nand
  g403
  (
    n485,
    n397,
    n387,
    n322,
    n367
  );


  nand
  g404
  (
    n449,
    n366,
    n368,
    n337,
    n398
  );


  and
  g405
  (
    n444,
    n355,
    n310,
    n338,
    n361
  );


  and
  g406
  (
    n437,
    n289,
    n311,
    n327,
    n329
  );


  xor
  g407
  (
    n478,
    n289,
    n317,
    n284,
    n331
  );


  xor
  g408
  (
    KeyWire_0_3,
    n359,
    n291,
    n311,
    n345
  );


  nor
  g409
  (
    n416,
    n366,
    n381,
    n297,
    n388
  );


  and
  g410
  (
    n427,
    n373,
    n336,
    n326,
    n364
  );


  xor
  g411
  (
    n441,
    n294,
    n371,
    n332,
    n282
  );


  xor
  g412
  (
    n446,
    n356,
    n316,
    n317,
    n361
  );


  or
  g413
  (
    n461,
    n297,
    n286,
    n396,
    n314
  );


  xnor
  g414
  (
    n429,
    n305,
    n323,
    n364,
    n375
  );


  xor
  g415
  (
    n418,
    n367,
    n382,
    n343,
    n360
  );


  nor
  g416
  (
    n402,
    n379,
    n330,
    n293,
    n352
  );


  xor
  g417
  (
    n423,
    n313,
    n295,
    n389,
    n370
  );


  xor
  g418
  (
    n405,
    n312,
    n383,
    n319,
    n330
  );


  nand
  g419
  (
    n466,
    n302,
    n323,
    n392,
    n344
  );


  and
  g420
  (
    n413,
    n395,
    n288,
    n370,
    n302
  );


  nor
  g421
  (
    n443,
    n317,
    n334,
    n290,
    n379
  );


  and
  g422
  (
    n435,
    n361,
    n299,
    n301,
    n386
  );


  xor
  g423
  (
    n428,
    n324,
    n393,
    n391,
    n329
  );


  xnor
  g424
  (
    n482,
    n300,
    n352,
    n371,
    n363
  );


  or
  g425
  (
    n454,
    n315,
    n288,
    n351,
    n291
  );


  nand
  g426
  (
    n460,
    n366,
    n299,
    n370,
    n289
  );


  or
  g427
  (
    n415,
    n328,
    n306,
    n325,
    n374
  );


  and
  g428
  (
    n462,
    n300,
    n381,
    n382,
    n398
  );


  xnor
  g429
  (
    n479,
    n303,
    n287,
    n340,
    n360
  );


  or
  g430
  (
    n465,
    n333,
    n349,
    n395,
    n348
  );


  nor
  g431
  (
    n414,
    n382,
    n360,
    n379,
    n283
  );


  xor
  g432
  (
    n457,
    n350,
    n335,
    n323,
    n307
  );


  or
  g433
  (
    n472,
    n348,
    n308,
    n294,
    n368
  );


  nand
  g434
  (
    n403,
    n376,
    n311,
    n334,
    n392
  );


  and
  g435
  (
    n439,
    n393,
    n307,
    n358,
    n304
  );


  or
  g436
  (
    n409,
    n397,
    n335,
    n372,
    n342
  );


  and
  g437
  (
    n468,
    n369,
    n329,
    n298,
    n363
  );


  or
  g438
  (
    n436,
    n358,
    n292,
    n385,
    n392
  );


  and
  g439
  (
    n407,
    n328,
    n310,
    n332,
    n384
  );


  xnor
  g440
  (
    n480,
    n298,
    n387,
    n348,
    n286
  );


  nor
  g441
  (
    n399,
    n396,
    n349,
    n344,
    n338
  );


  nand
  g442
  (
    KeyWire_0_13,
    n349,
    n374,
    n344,
    n324
  );


  xor
  g443
  (
    n450,
    n282,
    n345,
    n394,
    n359
  );


  xnor
  g444
  (
    n424,
    n350,
    n388,
    n304,
    n282
  );


  nor
  g445
  (
    n412,
    n339,
    n327,
    n312,
    n386
  );


  nand
  g446
  (
    n463,
    n303,
    n362,
    n296,
    n306
  );


  nand
  g447
  (
    n406,
    n397,
    n306,
    n347,
    n376
  );


  and
  g448
  (
    n422,
    n295,
    n378,
    n374,
    n335
  );


  and
  g449
  (
    n451,
    n291,
    n384,
    n365,
    n296
  );


  and
  g450
  (
    n447,
    n313,
    n310,
    n346,
    n368
  );


  nand
  g451
  (
    n432,
    n337,
    n332,
    n285,
    n342
  );


  nor
  g452
  (
    n464,
    n365,
    n299,
    n322,
    n340
  );


  or
  g453
  (
    n420,
    n354,
    n287,
    n319,
    n295
  );


  xor
  g454
  (
    n411,
    n343,
    n376,
    n385,
    n325
  );


  or
  g455
  (
    n475,
    n363,
    n315,
    n331,
    n384
  );


  nand
  g456
  (
    n400,
    n373,
    n292,
    n394,
    n383
  );


  nor
  g457
  (
    n434,
    n283,
    n293,
    n377,
    n351
  );


  or
  g458
  (
    n477,
    n378,
    n393,
    n372,
    n354
  );


  nor
  g459
  (
    n404,
    n398,
    n314,
    n333,
    n347
  );


  or
  g460
  (
    n445,
    n316,
    n320,
    n309,
    n352
  );


  nor
  g461
  (
    n491,
    n463,
    n486,
    n423,
    n411
  );


  or
  g462
  (
    n501,
    n431,
    n449,
    n459,
    n479
  );


  and
  g463
  (
    n496,
    n403,
    n414,
    n461,
    n484
  );


  xnor
  g464
  (
    n487,
    n478,
    n466,
    n400,
    n470
  );


  and
  g465
  (
    n506,
    n438,
    n432,
    n480,
    n421
  );


  xor
  g466
  (
    n489,
    n402,
    n478,
    n442,
    n457
  );


  nor
  g467
  (
    n502,
    n462,
    n418,
    n467,
    n477
  );


  xnor
  g468
  (
    n505,
    n410,
    n477,
    n460,
    n441
  );


  or
  g469
  (
    n493,
    n482,
    n426,
    n472,
    n476
  );


  nor
  g470
  (
    n503,
    n446,
    n448,
    n399,
    n429
  );


  xnor
  g471
  (
    n510,
    n474,
    n475,
    n416,
    n479
  );


  and
  g472
  (
    n492,
    n486,
    n484,
    n405,
    n427
  );


  nor
  g473
  (
    n512,
    n435,
    n455,
    n422,
    n482
  );


  xor
  g474
  (
    n509,
    n485,
    n482,
    n430,
    n480
  );


  or
  g475
  (
    n511,
    n475,
    n484,
    n409,
    n445
  );


  nor
  g476
  (
    n513,
    n420,
    n417,
    n454,
    n406
  );


  and
  g477
  (
    n497,
    n465,
    n437,
    n483,
    n478
  );


  or
  g478
  (
    n490,
    n443,
    n433,
    n444,
    n412
  );


  xor
  g479
  (
    n498,
    n428,
    n456,
    n481,
    n485
  );


  xnor
  g480
  (
    n507,
    n479,
    n477,
    n476,
    n481
  );


  or
  g481
  (
    n494,
    n483,
    n483,
    n485,
    n439
  );


  nor
  g482
  (
    n500,
    n458,
    n404,
    n469,
    n481
  );


  xnor
  g483
  (
    n499,
    n425,
    n450,
    n436,
    n447
  );


  xor
  g484
  (
    n488,
    n468,
    n419,
    n434,
    n415
  );


  and
  g485
  (
    n495,
    n473,
    n424,
    n413,
    n464
  );


  nor
  g486
  (
    n504,
    n486,
    n401,
    n476,
    n407
  );


  and
  g487
  (
    n508,
    n471,
    n440,
    n451,
    n452
  );


  nor
  g488
  (
    n514,
    n475,
    n408,
    n453,
    n480
  );


  xnor
  KeyGate_0_0
  (
    KeyNOTWire_0_0,
    keyIn_0_0,
    KeyWire_0_0
  );


  not
  KeyNOTGate_0_0
  (
    n372,
    KeyNOTWire_0_0
  );


  xor
  KeyGate_0_1
  (
    n244,
    keyIn_0_1,
    KeyWire_0_1
  );


  xnor
  KeyGate_0_2
  (
    n44,
    keyIn_0_2,
    KeyWire_0_2
  );


  xnor
  KeyGate_0_3
  (
    n484,
    keyIn_0_3,
    KeyWire_0_3
  );


  xor
  KeyGate_0_4
  (
    KeyNOTWire_0_4,
    keyIn_0_4,
    KeyWire_0_4
  );


  not
  KeyNOTGate_0_4
  (
    n365,
    KeyNOTWire_0_4
  );


  xor
  KeyGate_0_5
  (
    KeyNOTWire_0_5,
    keyIn_0_5,
    KeyWire_0_5
  );


  not
  KeyNOTGate_0_5
  (
    n108,
    KeyNOTWire_0_5
  );


  xnor
  KeyGate_0_6
  (
    KeyNOTWire_0_6,
    keyIn_0_6,
    KeyWire_0_6
  );


  not
  KeyNOTGate_0_6
  (
    n37,
    KeyNOTWire_0_6
  );


  xor
  KeyGate_0_7
  (
    KeyNOTWire_0_7,
    keyIn_0_7,
    KeyWire_0_7
  );


  not
  KeyNOTGate_0_7
  (
    n486,
    KeyNOTWire_0_7
  );


  xor
  KeyGate_0_8
  (
    n193,
    keyIn_0_8,
    KeyWire_0_8
  );


  xnor
  KeyGate_0_9
  (
    KeyNOTWire_0_9,
    keyIn_0_9,
    KeyWire_0_9
  );


  not
  KeyNOTGate_0_9
  (
    n48,
    KeyNOTWire_0_9
  );


  xor
  KeyGate_0_10
  (
    KeyNOTWire_0_10,
    keyIn_0_10,
    KeyWire_0_10
  );


  not
  KeyNOTGate_0_10
  (
    n247,
    KeyNOTWire_0_10
  );


  xor
  KeyGate_0_11
  (
    KeyNOTWire_0_11,
    keyIn_0_11,
    KeyWire_0_11
  );


  not
  KeyNOTGate_0_11
  (
    n102,
    KeyNOTWire_0_11
  );


  xor
  KeyGate_0_12
  (
    n263,
    keyIn_0_12,
    KeyWire_0_12
  );


  xor
  KeyGate_0_13
  (
    n442,
    keyIn_0_13,
    KeyWire_0_13
  );


  xor
  KeyGate_0_14
  (
    KeyNOTWire_0_14,
    keyIn_0_14,
    KeyWire_0_14
  );


  not
  KeyNOTGate_0_14
  (
    n301,
    KeyNOTWire_0_14
  );


  xnor
  KeyGate_0_15
  (
    KeyNOTWire_0_15,
    keyIn_0_15,
    KeyWire_0_15
  );


  not
  KeyNOTGate_0_15
  (
    n128,
    KeyNOTWire_0_15
  );


endmodule